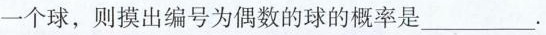
一个球，则摸出编号为偶数的球的概率是____.